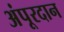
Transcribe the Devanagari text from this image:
अंपूरदान